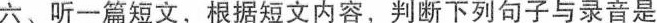
六、听一篇短文，根据短文内容,判断下列句子与录音是